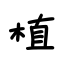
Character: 植